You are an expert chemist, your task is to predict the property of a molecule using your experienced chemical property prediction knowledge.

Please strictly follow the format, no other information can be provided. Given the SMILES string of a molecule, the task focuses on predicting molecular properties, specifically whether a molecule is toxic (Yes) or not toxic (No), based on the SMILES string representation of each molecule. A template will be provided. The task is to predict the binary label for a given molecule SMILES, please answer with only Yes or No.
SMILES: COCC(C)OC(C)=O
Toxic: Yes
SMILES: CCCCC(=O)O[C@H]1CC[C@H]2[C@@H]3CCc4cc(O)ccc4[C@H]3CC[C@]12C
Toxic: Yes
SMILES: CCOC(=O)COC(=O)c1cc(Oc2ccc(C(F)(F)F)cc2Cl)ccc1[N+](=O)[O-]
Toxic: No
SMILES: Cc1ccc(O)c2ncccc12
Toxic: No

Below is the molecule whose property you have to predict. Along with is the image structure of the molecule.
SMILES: O=C(CCCCCCCCc1cccnc1)N1CCC(C=C(c2ccccc2)c2ccccc2)CC1
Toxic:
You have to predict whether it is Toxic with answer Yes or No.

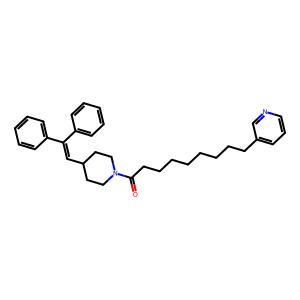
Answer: No